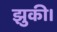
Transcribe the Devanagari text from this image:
झुकी।